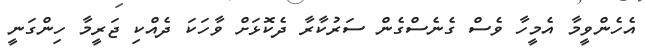
އެހެންވީމާ އެމީހާ ވެސް ގެނެސްގެން ސަރުކާރާ ދެކޮޅަށް ވާހަކަ ދެއްކި ޖަރީމާ ހިންގަނީ